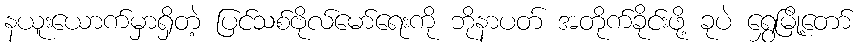
နယူးယောက်မှာရှိတဲ့ ပြင်သစ်ဗိုလ်မော်ရေးကို ဘိုနာပတ် အတိုက်ခိုင်းဖို့ ခုပဲ ရွှေမြို့တော်